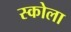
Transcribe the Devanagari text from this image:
स्कोला